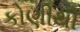
કોણીથી